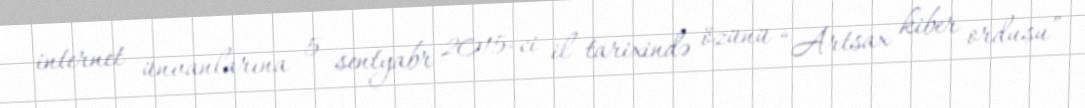
internet ünvanlarına 5 sentyabr 2015-ci il tarixində özünü “Artsax kiber ordusu”